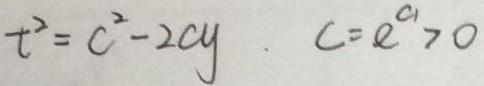
$t^{2}=c^{2}-2cy\ .\ c = e^{c_{1}}>0$